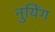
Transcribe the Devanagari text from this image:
नुयिंग